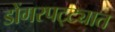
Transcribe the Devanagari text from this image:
डोंगरपट्ट्यात